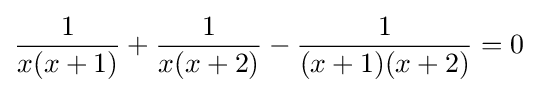
{\frac {1}{x(x+1)}}+{\frac {1}{x(x+2)}}-{\frac {1}{(x+1)(x+2)}}=0